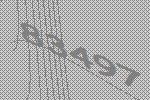
83497